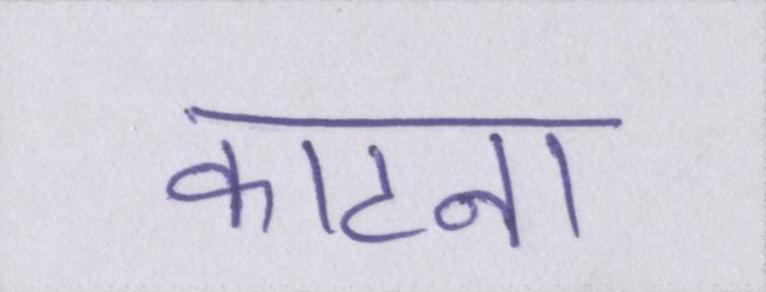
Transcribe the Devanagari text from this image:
काटना